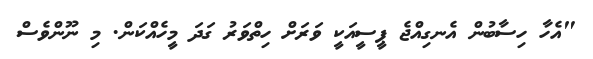
"އެހާ ހިސާބުން އެނގިއްޖެ ޕީސީއަކީ ވަރަށް ހިތްވަރު ގަދަ މީހެއްކަން. މި ނޫންވެސް